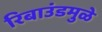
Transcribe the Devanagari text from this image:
रिबाउंडमुळे